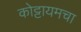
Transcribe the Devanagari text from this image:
कोट्टायमचा